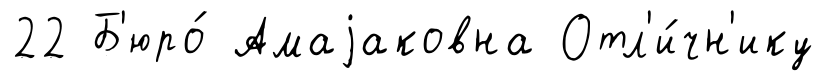
22 Б'юро́ Амаjаковна Отл'и́чн'ику